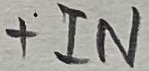
Text: +IN